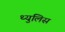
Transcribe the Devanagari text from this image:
थ्युलिस